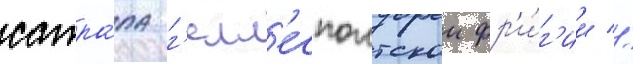
сатра́па г'елл'еспонтскои фр'и́г'ии //